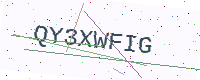
Text: QY3XWFIG